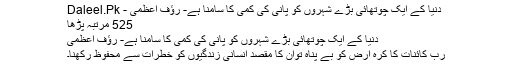
دنیا کے ایک چوتھائی بڑے شہروں کو پانی کی کمی کا سامنا ہے- رؤف اعظمی - Daleel.Pk
525 مرتبہ پڑھا
دنیا کے ایک چوتھائی بڑے شہروں کو پانی کی کمی کا سامنا ہے- رؤف اعظمی
رب کائنات کا کرہ ارض کو بے پناہ توان کا مقصد انسانی زندگیوں کو خطرات سے محفوظ رکھنا۔